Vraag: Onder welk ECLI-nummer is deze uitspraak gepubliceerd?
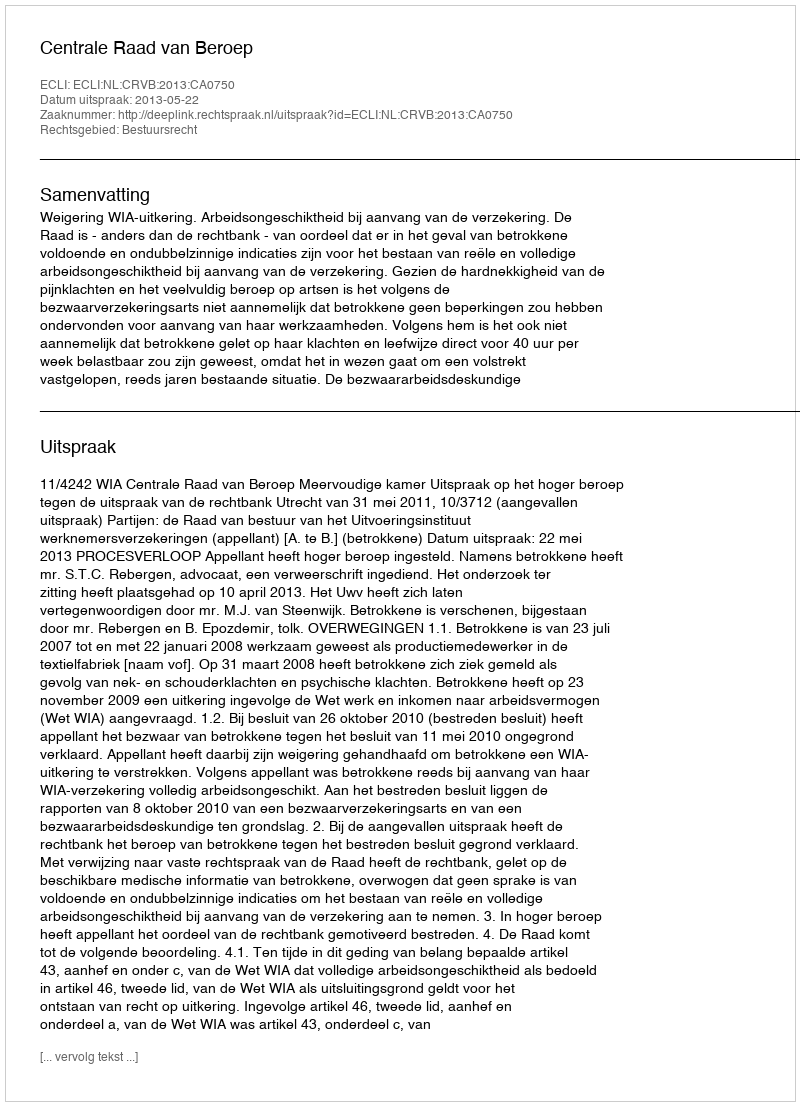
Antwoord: ECLI:NL:CRVB:2013:CA0750